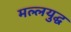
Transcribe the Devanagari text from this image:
मल्लयुद्घ